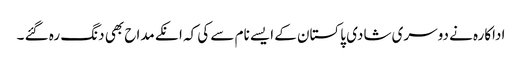
اداکارہ نے دوسری شادی پاکستان کے ایسے نام سے کی کہ انکے مداح بھی دنگ رہ گئے ۔